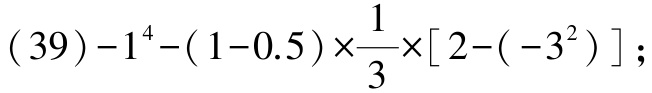
\((39)-1^{4}-(1 - 0.5)\times\frac{1}{3}\times[2-(-3^{2})]\)